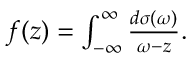
\begin{array} { r } { f ( z ) = \int _ { - \infty } ^ { \infty } \frac { d \sigma ( \omega ) } { \omega - z } . } \end{array}